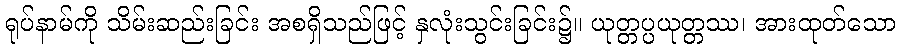
ရုပ်နာမ်ကို သိမ်းဆည်းခြင်း အစရှိသည်ဖြင့် နှလုံးသွင်းခြင်း၌။ ယုတ္တပ္ပယုတ္တဿ၊ အားထုတ်သော